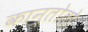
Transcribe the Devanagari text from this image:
कान्तोतो